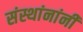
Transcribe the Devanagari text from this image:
संस्थांनांनी